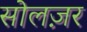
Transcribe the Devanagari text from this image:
सोलज़र